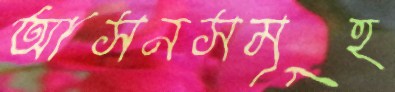
আসনসমূহ